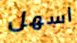
اسهل